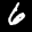
Label: 6